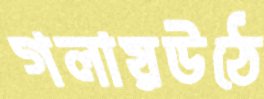
গলায়উঠে